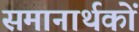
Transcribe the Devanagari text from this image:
समानार्थकों